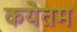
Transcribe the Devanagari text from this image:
कयेतम